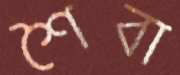
শৈবা